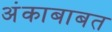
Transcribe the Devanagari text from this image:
अंकाबाबत